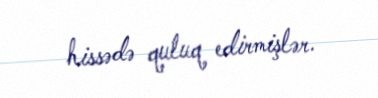
hissədə quluq edirmişlər.